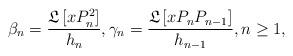
LaTeX: \begin{align*}\beta_{n}=\frac{\mathfrak{L}\left[ xP_{n}^{2}\right] }{h_{n}},\gamma_{n}=\frac{\mathfrak{L}\left[ xP_{n}P_{n-1}\right] }{h_{n-1}},n\geq1, \end{align*}